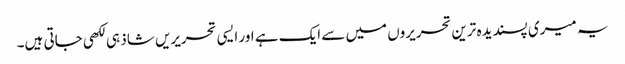
یہ میری پسندیدہ ترین تحریروں میں سے ایک ہے اور ایسی تحریریں شاذ ہی لکھی جاتی ہیں۔